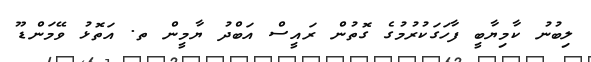
ލިބުނު ކާމިޔާބީ ފާހަގަކުރުމުގެ ގޮތުން ރައީސް އަބްދު ޔާމީން ތ. އަތޮޅު ވޭމަންޑޫ